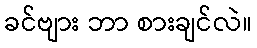
ခင်ဗျား ဘာ စားချင်လဲ။